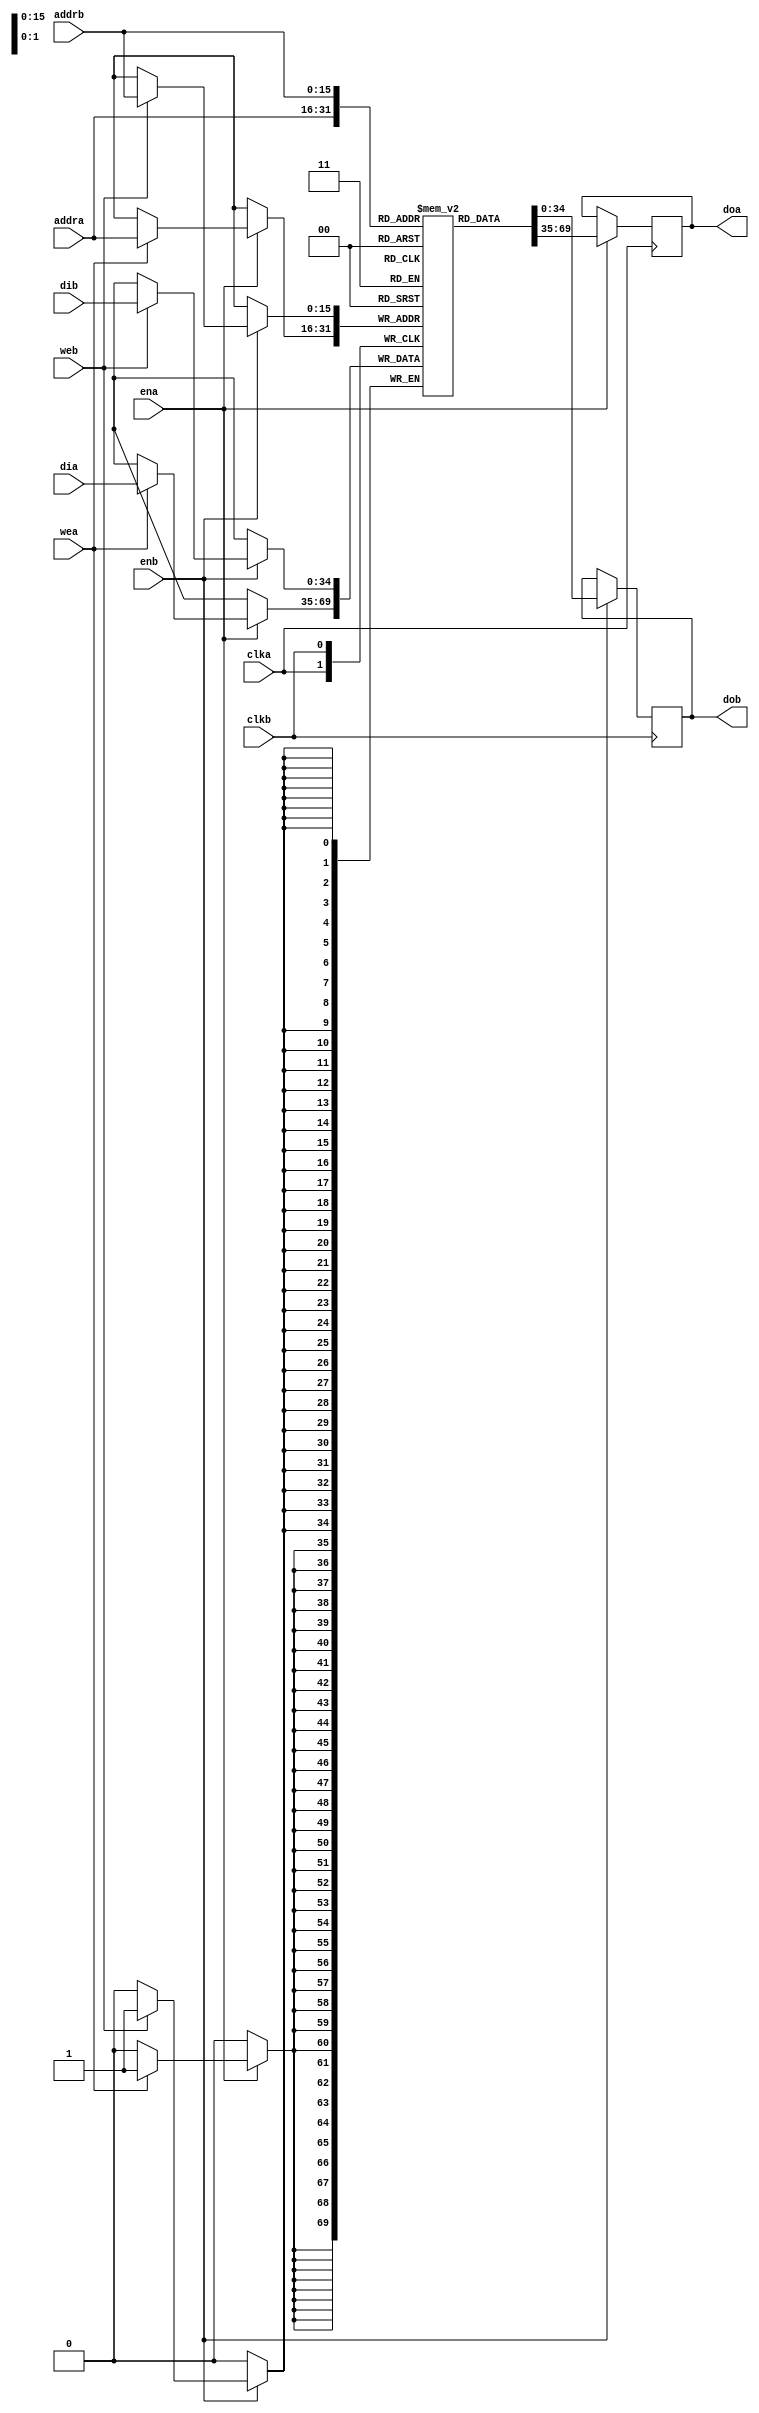
`timescale 1ns / 1ps
//////////////////////////////////////////////////////////////////////////////////
// Company: 
// 
// Design Name: Blockram - width 35 bit, Depth: 65536
// Module Name: blockram
// Project Name: Memory Manager
// Target Devices: 
// Tool Versions: 
// Description: 
// 
// Dependencies: 
// 
// Revision:
// Revision 0.01 - File Created
// Additional Comments:
// 
//////////////////////////////////////////////////////////////////////////////////


module blockram(
    input clka,
    input clkb,
    input ena,
    input enb,
    input wea,
    input web,
    input [15:0] addra,
    input [15:0] addrb,
    input [34:0] dia,
    input [34:0] dib,
    output reg [34:0] doa,
    output reg [34:0] dob
    );
    reg [34:0] ram [65535:0];
    always @(posedge clka)
    begin
        if (ena)
        begin
            if (wea)
                ram[addra] <= dia;
            doa <= ram[addra];
        end
    end
    always @(posedge clkb)
    begin
        if (enb)
        begin
            if (web)
                ram[addrb] <= dib;
            dob <= ram[addrb];
        end
    end
endmodule